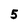
Character: 5